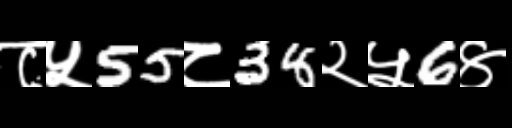
Text: ८५55८38२५6४